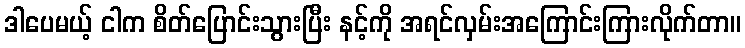
ဒါပေမယ့် ငါက စိတ်ပြောင်းသွားပြီး နင့်ကို အရင်လှမ်းအကြောင်းကြားလိုက်တာ။